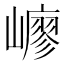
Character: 𡽟